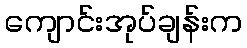
ကျောင်းအုပ်ချန်းက